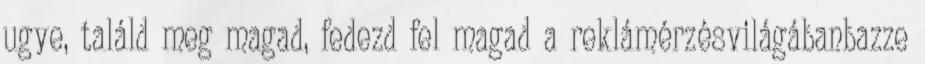
ugye, találd meg magad, fedezd fel magad a reklámérzésvilágábanbazze